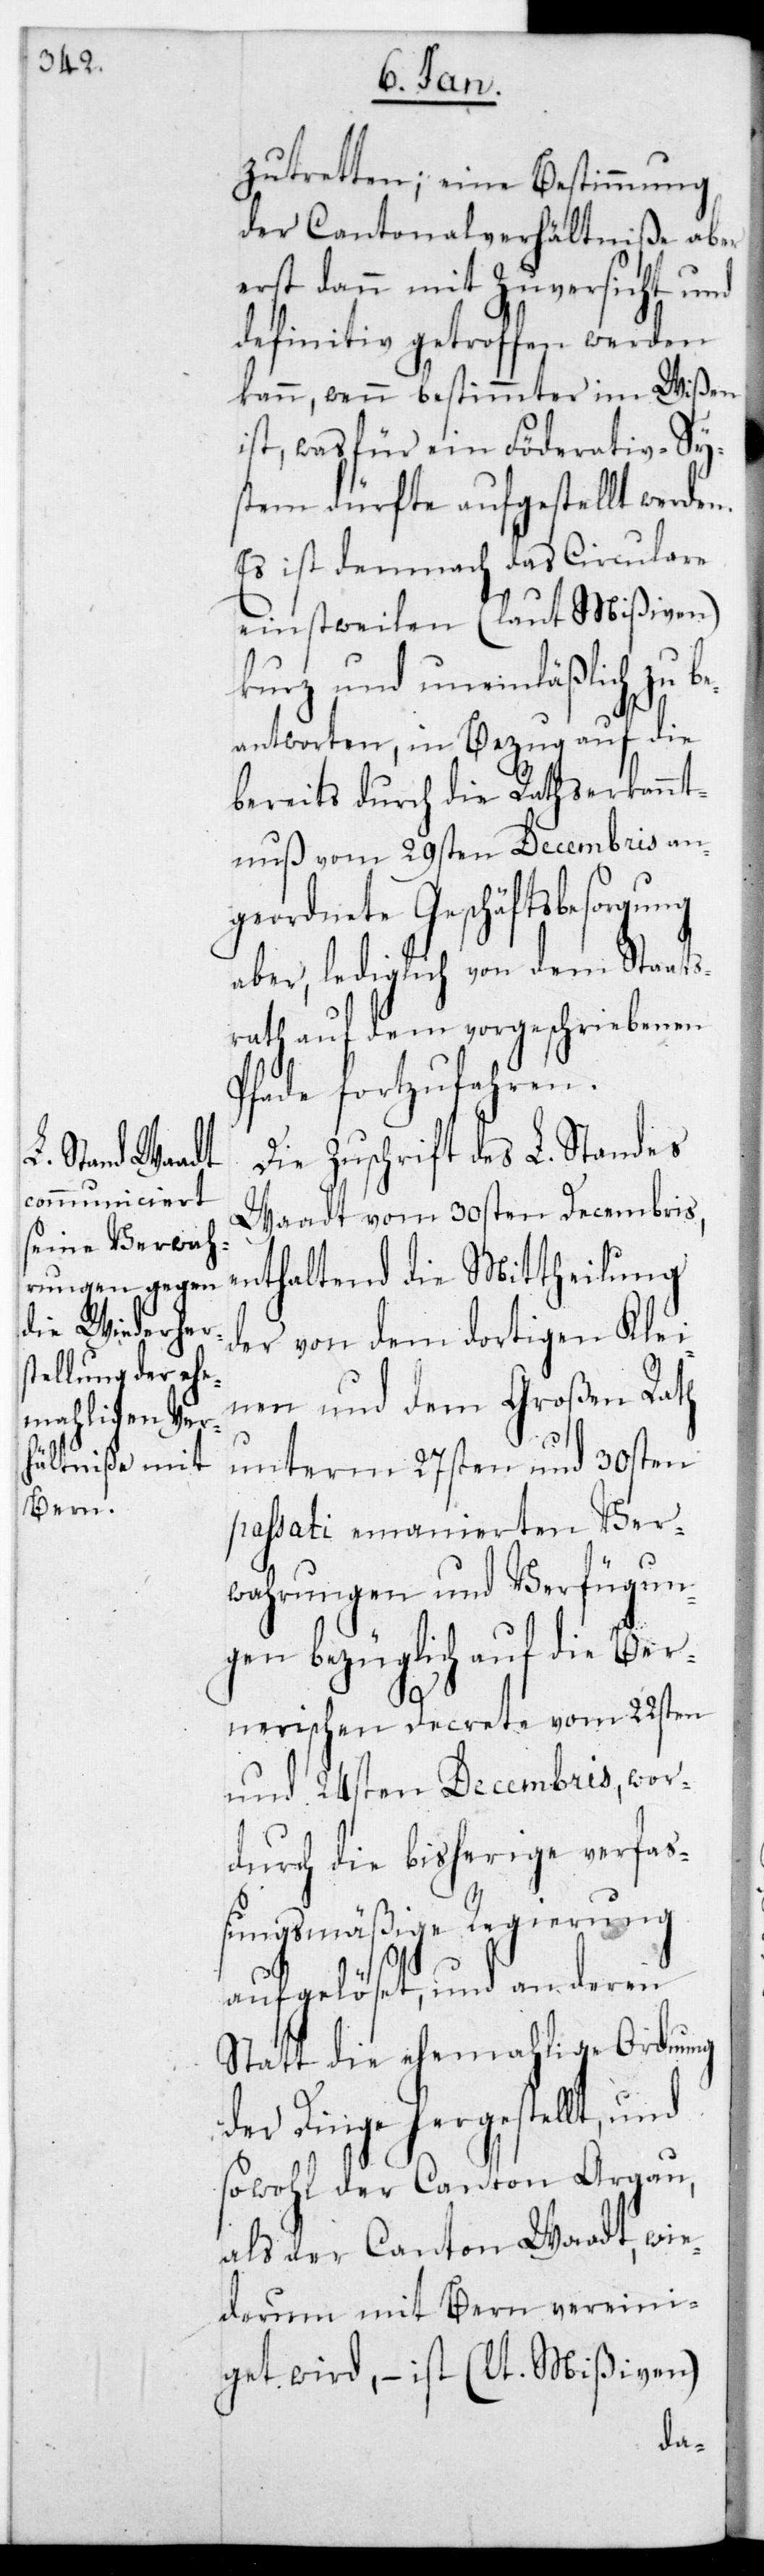
zutretten; eine Bestimmung
der Cantonalverhältniße aber
erst dann mit Zuversicht und
definitiv getroffen werden
kann, wenn bestimmter im Wißen
ist, was für ein Föderativ-Sy¬
stem dürfte aufgestellt werden.
Es ist demnach das Circulare
einstweilen (laut Mißiven)
kurz und uneinläßlich zu b¬
eantworten, in Bezug auf die
bereits durch die Rathserkannt¬
nuß vom 29sten Decembris an¬
geordnete Geschäftsbesorgung
aber, lediglich von dem Staats¬
rath auf dem vorgeschriebenen
Pfade fortzufahren.
Die Zuschrift des L. Standes
Waadt vom 30sten Decembris,
enthaltend die Mittheilung
der von dem dortigen Klei¬
nen und dem Großen Rath
unterm 27sten und 30sten
passati emanierten Ver¬
wahrungen und Verfügun¬
gen bezüglich auf die ber¬
nerischen Decrete vom 22sten
und 24sten Decembris, wor¬
durch die bisherige verfaß¬
ungsmäßige Regierung
aufgelöset und an deren
Statt die ehemalige Ordnung
der Dinge hergestellt, und
sowohl der Canton Aargau
als der Canton Waadt, wie¬
derum mit Bern vereini¬
get wird, – ist (lt. Mißiven)